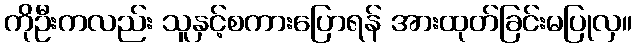
ကိုဦးကလည်း သူနှင့်စကားပြောရန် အားထုတ်ခြင်းမပြုလှ။